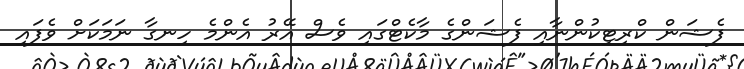
ފެޝަން ކްރިޓިކުންނާއި ފެޝަންގެ މާކެޓްގައި ވެސް އޭރު އެންމެ ހިނގާ ނަމަކަށް ވެފައި